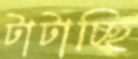
টাটাচ্ছি